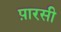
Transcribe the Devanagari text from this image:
प़ारसी